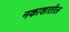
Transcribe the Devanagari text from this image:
नकाशातील